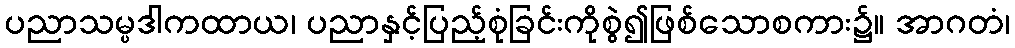
ပညာသမ္ပဒါကထာယ၊ ပညာနှင့်ပြည့်စုံခြင်းကိုစွဲ၍ဖြစ်သောစကား၌။ အာဂတံ၊